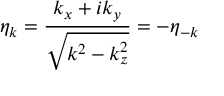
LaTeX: \eta _ { k } = \frac { k _ { x } + i k _ { y } } { \sqrt { k ^ { 2 } - k _ { z } ^ { 2 } } } = - \eta _ { - k }